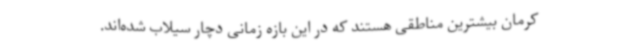
کرمان بیشترین مناطقی هستند که در این بازه زمانی دچار سیلاب شده‌اند.